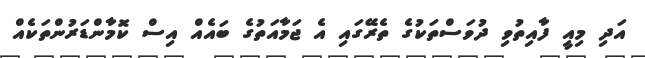
އަދި މިއީ ފާއިތުވި ދުވަސްތަކުގެ ތެރޭގައި އެ ޖަމާއަތުގެ ބައެއް އިސް ކޮމާންޑަރުންތަކެއް